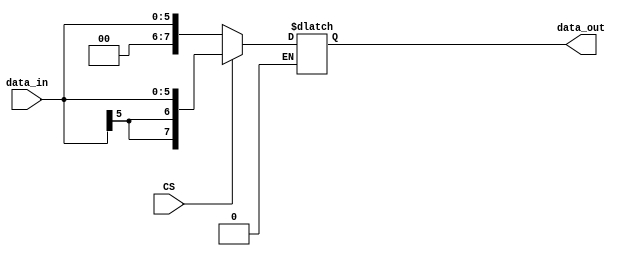
module const_unit(
    input [IMMEDIATE_WIDTH-1:0] data_in,
    input CS,
    output reg [ALU_OPERAND_WIDTH-1:0] data_out
);

	parameter IMMEDIATE_WIDTH = 6;
	parameter ALU_OPERAND_WIDTH = 8;
	parameter SIGN_EXTEND_WIDTH = ALU_OPERAND_WIDTH - IMMEDIATE_WIDTH;

	parameter DATA_WIDTH = 8;
	always @ (*)
	begin
		 if (CS == 0) // Zero-Extend
			  data_out[DATA_WIDTH-1:0] = {{2{1'b0}}, {data_in[IMMEDIATE_WIDTH-1:0]}}; // Pads left side with zeroes
		 else if (CS == 1) // Sign-Extend
			  data_out[DATA_WIDTH-1:0] = {{2{data_in[IMMEDIATE_WIDTH-1]}}, {data_in[IMMEDIATE_WIDTH-1:0]}};
	end



endmodule